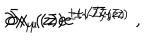
LaTeX: \partial x _ { \mu } ( z ) e ^ { \pm i \sqrt { 2 } \bar { y } ( \bar { z } ) } \hspace { . 5 c m } , \hspace { . 5 c m } \bar { \partial } x _ { \mu } ( \bar { z } ) e ^ { \pm i \sqrt { 2 } y ( z ) } \; ,